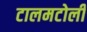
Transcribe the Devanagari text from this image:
टालमटोली